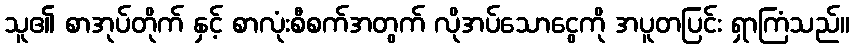
သူ၏ စာအုပ်တိုက် နှင့် စာလုံးစီစက်အတွက် လိုအပ်သောငွေကို အပူတပြင်း ရှာကြံသည်။